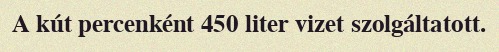
A kút percenként 450 liter vizet szolgáltatott.